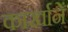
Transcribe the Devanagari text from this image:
कार्खानें